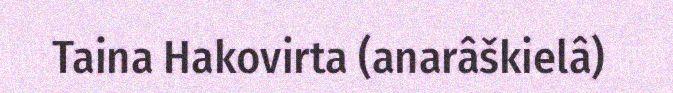
Taina Hakovirta (anarâškielâ)